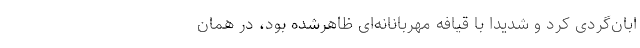
ابان‌گردی کرد و شدیداً با قیافه مهربانانه‌ای ظاهرشده بود، در همان